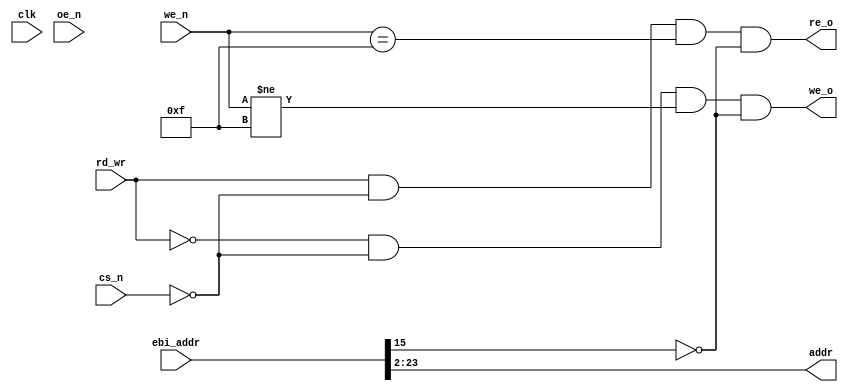
`timescale 1ns / 1ps
//////////////////////////////////////////////////////////////////////////////////
// Company: 
// Engineer: 
// 
// Design Name: 
// Module Name:    ppc_interface 
// Project Name: 
// Target Devices: 
// Tool versions: 
// Description: 
//
// Dependencies: 
//
// Revision: 
// Revision 0.01 - File Created
// Additional Comments: 
//
//////////////////////////////////////////////////////////////////////////////////
module ppc_interface(
      clk,
      cs_n,
      oe_n,
      we_n,
      rd_wr,
      ebi_addr,  // connect to 
      addr,     // ingnore  A31,A30
      re_o,
      we_o
    );
     
//////IO///////////////////
    input           clk;
    input           cs_n;
    input           oe_n;
    input [3:0]     we_n;
    input           rd_wr;
    input [23:0]    ebi_addr; // connect to A31~A8
    output[21:0]    addr;    // 
    output          re_o;
    output          we_o;
/////////////////////////////     

wire  [21:0] addr;  
wire re;
wire we;

assign we =  ~rd_wr & ~cs_n&(we_n!=4'b1111); // 
assign re = rd_wr & ~cs_n&(we_n==4'b1111)  ; //

reg re_d1;
reg re_d2;
reg we_d1;
reg we_d2;

////2D
always@ (posedge clk)
begin
  re_d1 <= re;
  re_d2 <= re_d1;
  we_d1 <= we;
  we_d2 <= we_d1;
end

wire re_o;
wire we_o;

assign re_o = re&~addr[13];// FPGA0x2000 0000~ 0x2000 7fff
assign we_o = we&~addr[13];//

assign addr[21:0]=ebi_addr[23:2];
      

endmodule